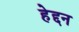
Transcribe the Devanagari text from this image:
हेद्दन